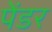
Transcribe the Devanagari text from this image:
पेंडर